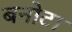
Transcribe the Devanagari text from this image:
बनोटा